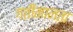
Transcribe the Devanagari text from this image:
गतीमानता